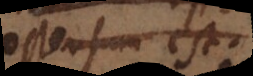
ostensum est.